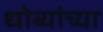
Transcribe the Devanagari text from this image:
धोब्यांच्या